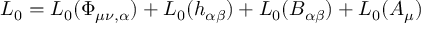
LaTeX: { \cal L } _ { 0 } = { \cal L } _ { 0 } ( \Phi _ { \mu \nu , \alpha } ) + { \cal L } _ { 0 } ( h _ { \alpha \beta } ) + { \cal L } _ { 0 } ( B _ { \alpha \beta } ) + { \cal L } _ { 0 } ( A _ { \mu } )